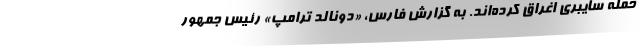
حمله سایبری اغراق کرده‌اند. به گزارش فارس، «دونالد ترامپ» رئیس جمهور